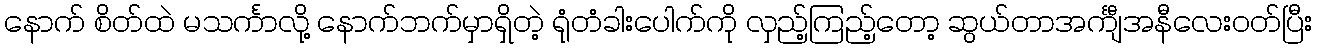
နောက် စိတ်ထဲ မသင်္ကာလို့ နောက်ဘက်မှာရှိတဲ့ ရုံတံခါးပေါက်ကို လှည့်ကြည့်တော့ ဆွယ်တာအင်္ကျီအနီလေးဝတ်ပြီး